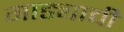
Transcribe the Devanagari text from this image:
गाड्याची